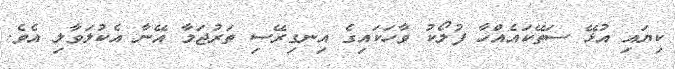
ކިޔައި އުޅޭ ސަތޭކައެއްހާ ފުލޯކު ވާހަކައިގެ އިނގިރޭސި ތަރުޖަމާ އޭނާ އެކުލަވާލި އެވެ.